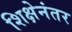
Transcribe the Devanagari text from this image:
शिक्षेनंतर